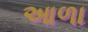
આળા